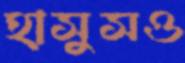
হাসুসও